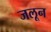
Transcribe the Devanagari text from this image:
जलून